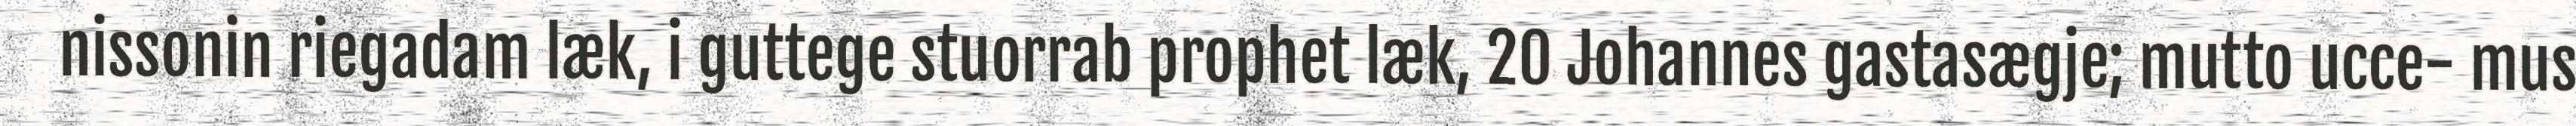
nissonin riegadam læk, i guttege stuorrab prophet læk, 20 Johannes gastasægje; mutto ucce- mus